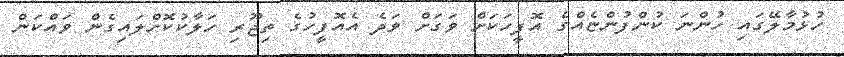
ހުޅުމާލޭގައި ހުންނަ ކުންފުންޏެއްގެ އޮފީހަކަށް ވަގަށް ވަދެ އެއޮފީހުގެ ތިޖޫރި ހަލާކުކޮށްލައިގެން ވައްކަން